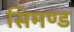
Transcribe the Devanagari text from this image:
सिमण्ड